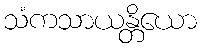
သံကသာယန္တိယော